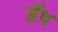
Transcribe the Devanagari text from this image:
डॅथ